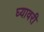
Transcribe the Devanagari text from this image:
घ्यावरी